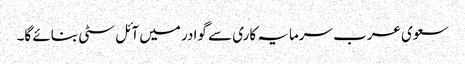
سعوی عرب سرمایہ کاری سے گوادر میں آئل سٹی بنائے گا۔